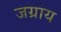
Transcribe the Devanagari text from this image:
जग्राय